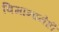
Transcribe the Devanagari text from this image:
विमानानेही